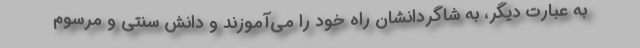
به عبارت دیگر، به شاگردانشان راه خود را می‌آموزند و دانش سنتی و مرسوم